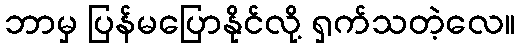
ဘာမှ ပြန်မပြောနိုင်လို့ ရှက်သတဲ့လေ။